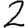
Digit: 2